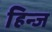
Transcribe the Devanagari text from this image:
हिन्ज